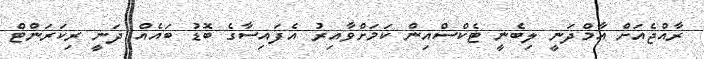
ރާއްޖެއަށް އާމްދަނީ ލިބެނީ ޓެކްސްއިން ކަމަށްވާއިރު އެފައިސާގެ ބޮޑު ބައެއް ދަނީ ރިކަރަންޓް